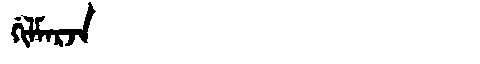
Manchu: ᡤᡳᠯᠮᠠᡵᠵᠠ
Romanization: GILMARJA